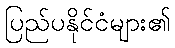
ပြည်ပနိုင်ငံများ၏